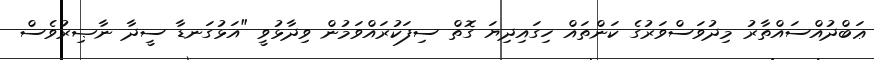
ޢަބްދުއްސައްތާރު މިދުވަސްވަރުގެ ކަންތައް ހިގައިދިޔަ ގޮތް ސިފަކުރައްވަމުން ވިދާޅުވީ "އަޅުގަނޑާ ސީދާ ނާޞިރުވެސް